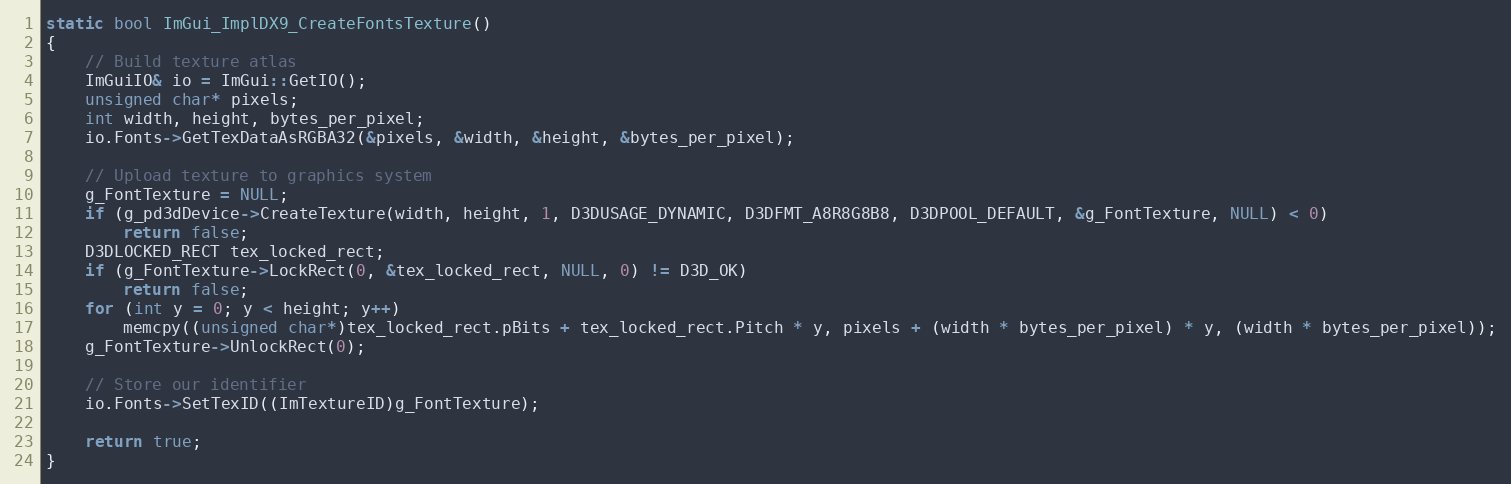
Language: C++
static bool ImGui_ImplDX9_CreateFontsTexture()
{
    // Build texture atlas
    ImGuiIO& io = ImGui::GetIO();
    unsigned char* pixels;
    int width, height, bytes_per_pixel;
    io.Fonts->GetTexDataAsRGBA32(&pixels, &width, &height, &bytes_per_pixel);

    // Upload texture to graphics system
    g_FontTexture = NULL;
    if (g_pd3dDevice->CreateTexture(width, height, 1, D3DUSAGE_DYNAMIC, D3DFMT_A8R8G8B8, D3DPOOL_DEFAULT, &g_FontTexture, NULL) < 0)
        return false;
    D3DLOCKED_RECT tex_locked_rect;
    if (g_FontTexture->LockRect(0, &tex_locked_rect, NULL, 0) != D3D_OK)
        return false;
    for (int y = 0; y < height; y++)
        memcpy((unsigned char*)tex_locked_rect.pBits + tex_locked_rect.Pitch * y, pixels + (width * bytes_per_pixel) * y, (width * bytes_per_pixel));
    g_FontTexture->UnlockRect(0);

    // Store our identifier
    io.Fonts->SetTexID((ImTextureID)g_FontTexture);

    return true;
}